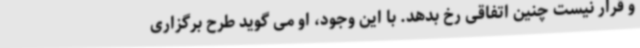
و قرار نیست چنین اتفاقی رخ بدهد. با این وجود، او می گوید طرح برگزاری